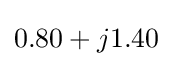
0.80+j1.40